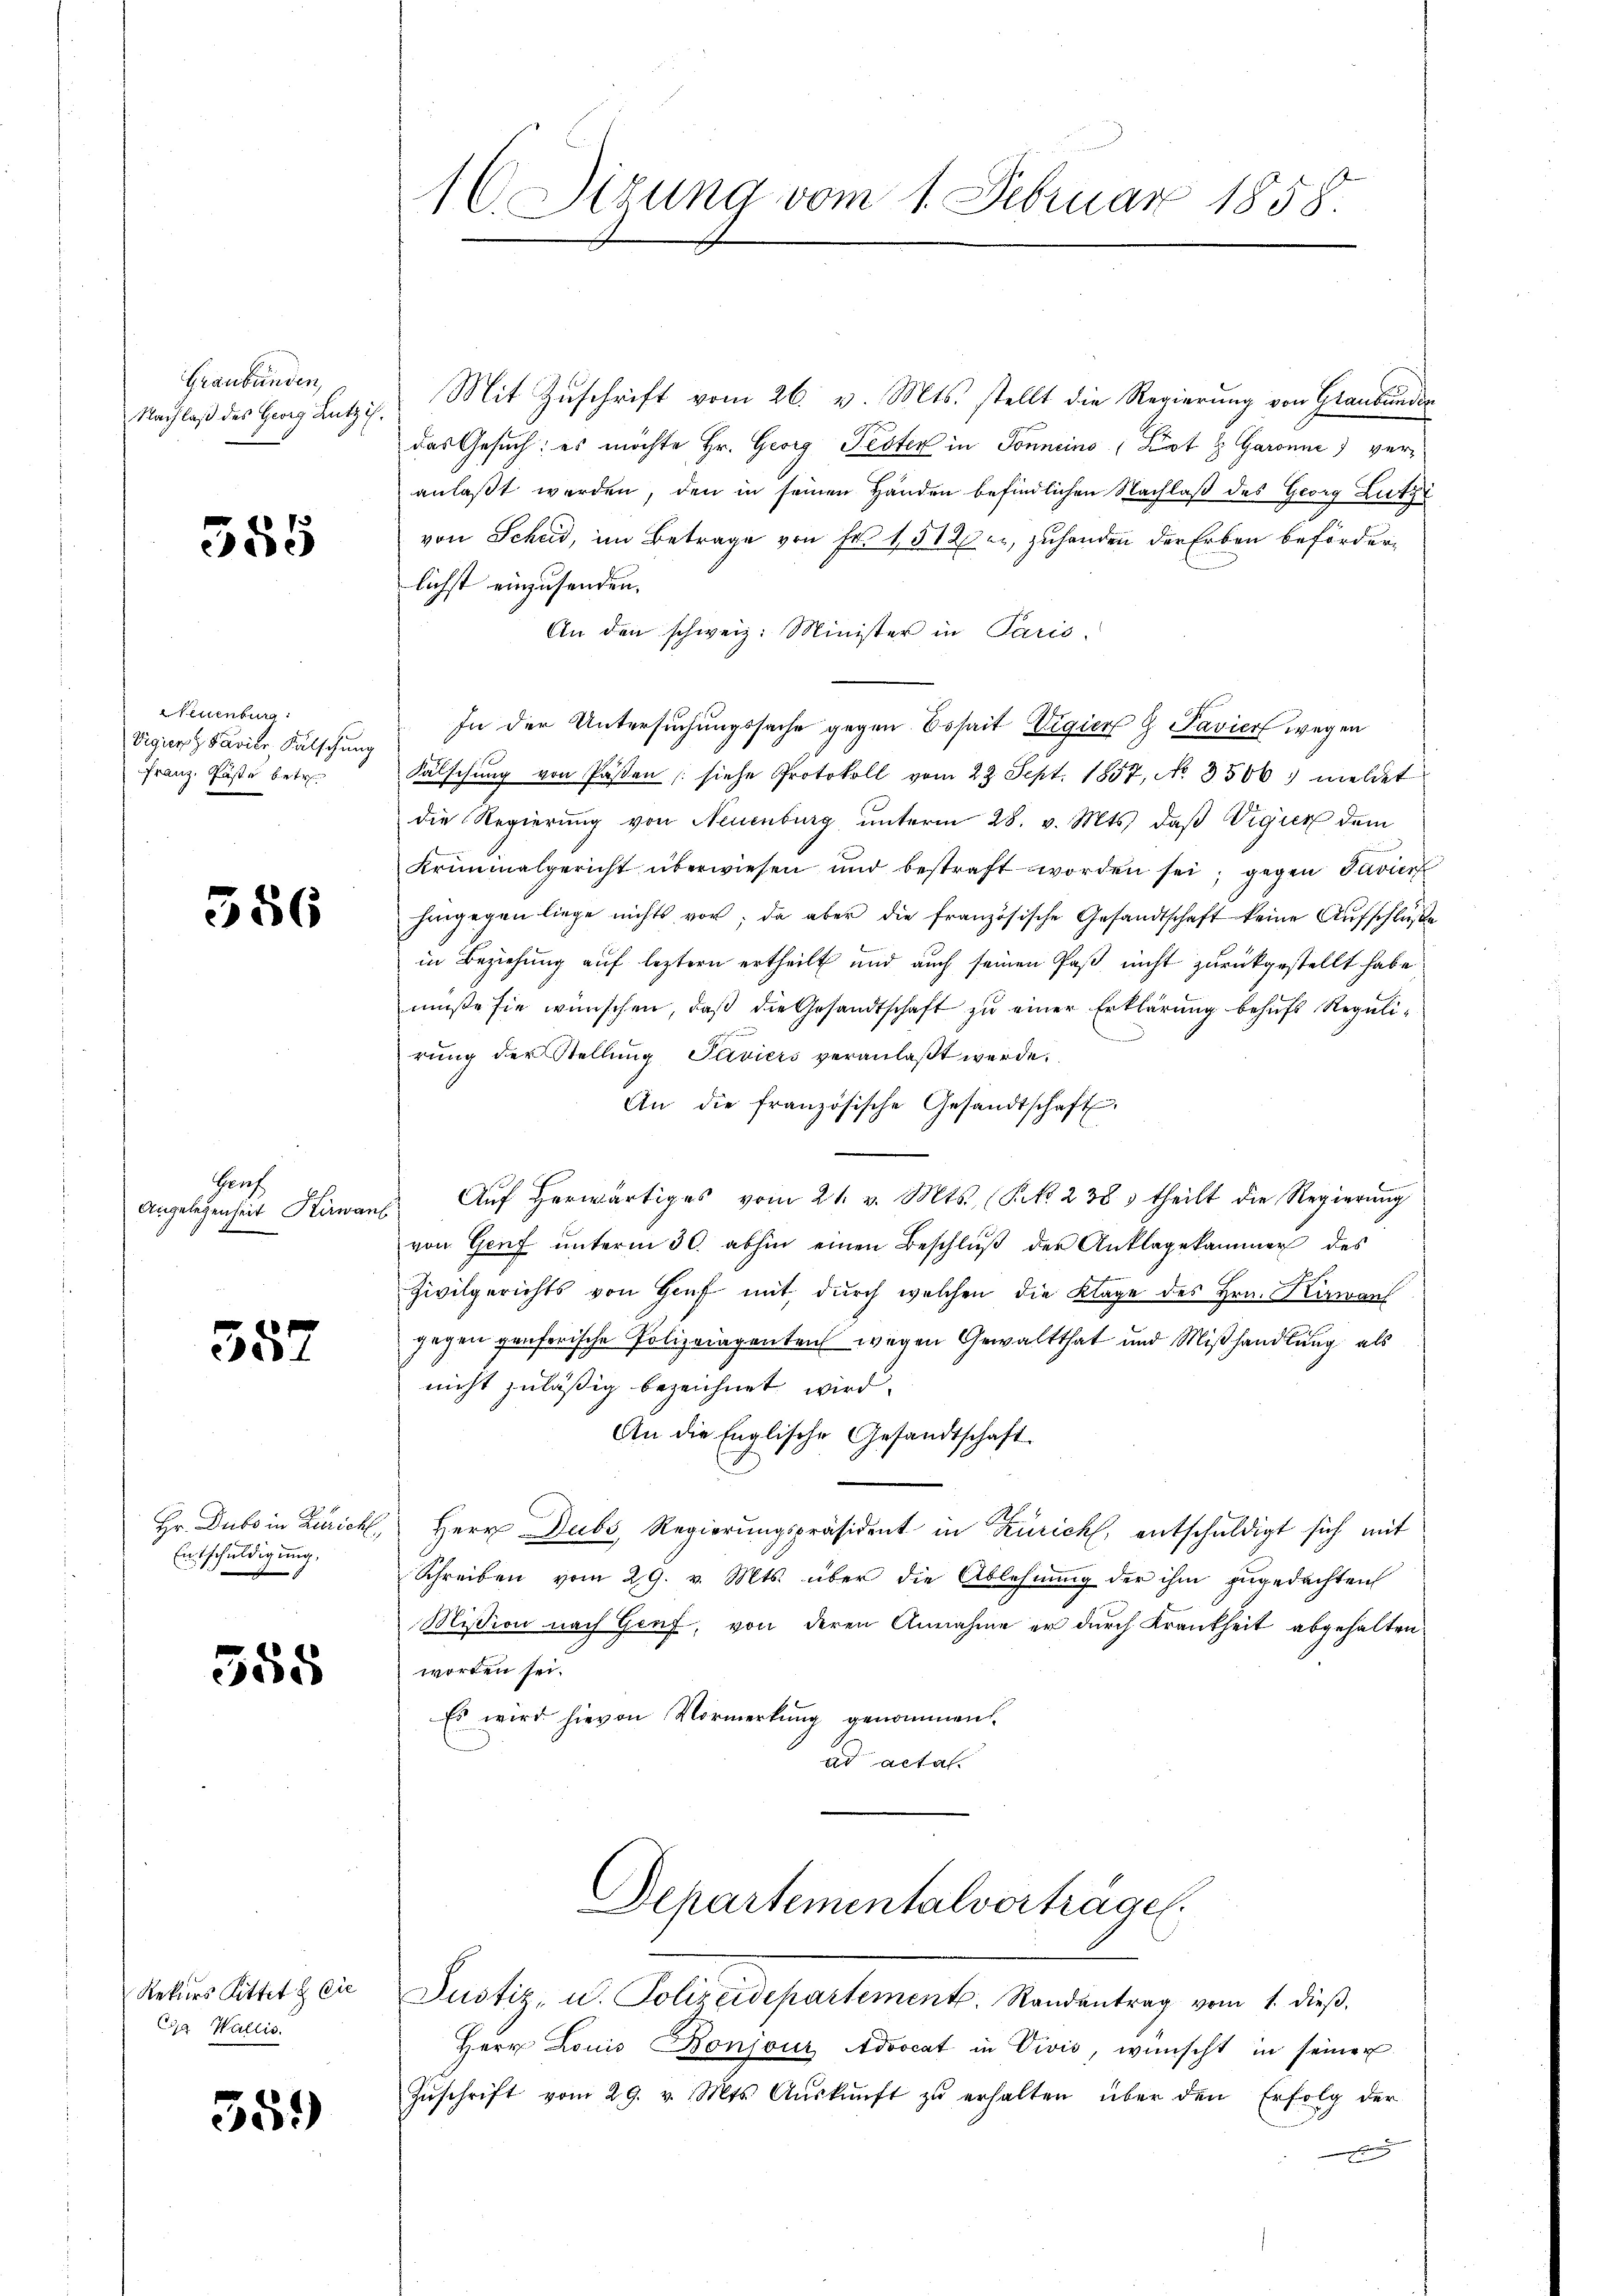
Graubünden,
Nachlaß des Georg Lutzi

585

Neuenburg:
Vigier Pavile Fälschung
Franz, Käste betr.

386

Gruf
Angelegenheit Kirwar

357

Hr. Dubs in Zürich
Entschuldigung.

358

Rekurs Rittet & Cie
Gg Wallis.

559)

16. Sizung vom 1. Februar 1858.

Mit Zuschrift vom 26. v. Mts. stellt die Regierung von Graubünder
das Gesuch: es möchte Hr. Georg Fester in Sonneins (Lot & Garanne) veranlaßt werden, den in seinen Handen befindlichen Nachlaß des Georg Lutzi
von Scheid, im Betrage von Fr. 1512 er, zuhanden der Erben beförderlichst einzusenden.
An den schweiz. Minister in Paris.
In der Untersuchungssache gegen Essait Vigiers G Pavier wegen
Falschung von Passen (siehe Protokoll vom 22. Sept. 1857, No. 3500 meldet
die Regierŭng von Neuenburg ŭnterm 28. v. Mts. daβ Vigier dem
Kriminalgericht überwiesen und bestraft worden sei; gegen Favier
hingegen liege nichts vor; da aber die französische Gesandtschaft keine Aufschluße
in Beziehung auf leztern ertheilt und auch seinen Paß nicht zurückgestellt habe
müße sie wünschen, daß die Gesandtschaft zu einer Erklärung behufs Regulige
.
rung der Stellung Javiers veranlaßt werde.
An die französische Gesandtschaft,
 Aŭf herwärtiges vom 21. v. Mts. (Frk. 238 theilt die Regierŭng
von Genf ŭnterm 30. abhin einen Beschlŭβ der Anklagekammer des
Zivilgerichts von Haŭf mit dŭrch welchen die Klage des Hrn. Kiwan
gegen penferische Polizeiagenten wegen Gewaltthat und Mißhandlung als
nicht zuläßig bezeichnet wird.
An die Englische Gesandtschaft.
Herr Dubs Regierungspräsident in Zürich, entschuldigt sich mit
Schreiben vom 29. v. Mts. über die Ablehnung der ihm zugedachten
Mission nach Genf, von deren Annahme er durch Krankheit abgehalten,
worden sei.
Es wird hievon Vormerkŭng genommen.
ad acta.
Departementalverträge.
Justiz, u. Polizeidepartement. Randantrag vom 1. dieβ.
Herr Louis Bonjouz Advocat in Vivis, wünscht in seiner
Zŭschrift vom 29. v. Mts. Aŭskŭnft zŭ erhalten über den Erfolg der
h